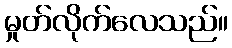
မှုတ်လိုက်လေသည်။